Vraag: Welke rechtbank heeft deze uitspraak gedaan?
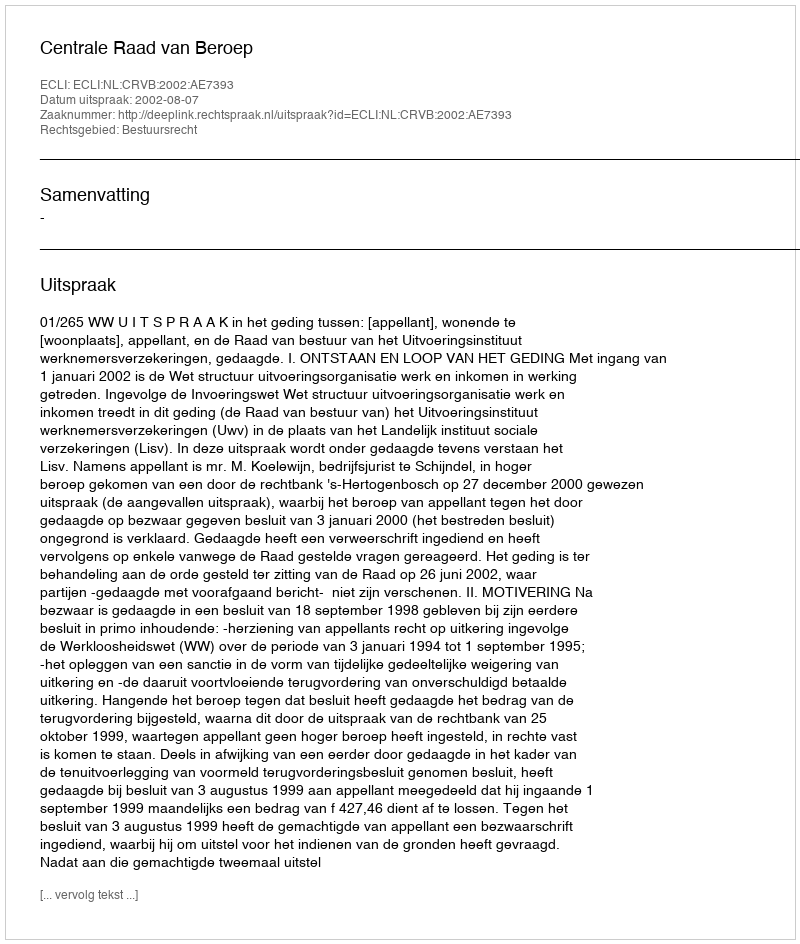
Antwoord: Centrale Raad van Beroep